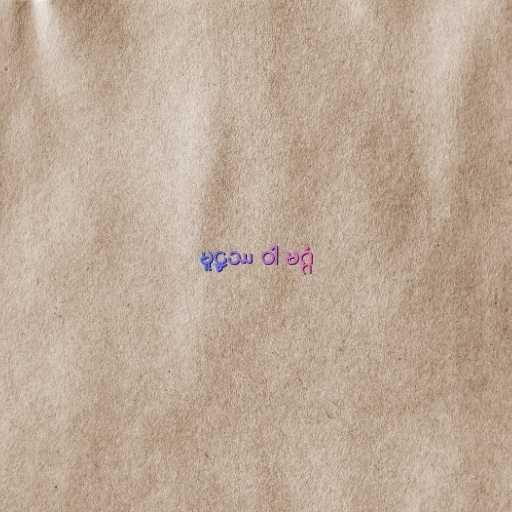
မူဠှဿ ဝါ မဂ္ဂံ